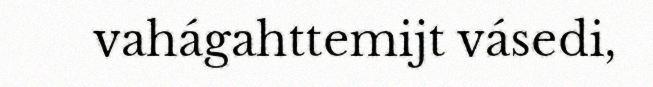
vahágahttemijt vásedi,